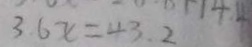
3 6 x = 4 3 . 2